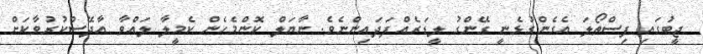
ޖީބުގައި ފިސްތޯލަ އެގެންގުޅެނީ ގޭންގު ލީޑަރެއްފަދައިންނެވެ. ނާޔަލް ކޮންމެހެން ކެމީލާ ލައްވާ އާދޭސްކުރުވާކަށް